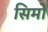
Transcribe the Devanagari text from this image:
सिमो